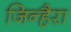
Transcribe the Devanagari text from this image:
जिन्हैरा